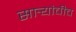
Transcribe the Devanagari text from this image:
सार्‍यांचीच